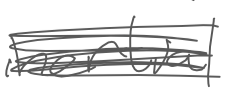
Text: inertial
Cross-out: scratch
Writing tool: digital_gray